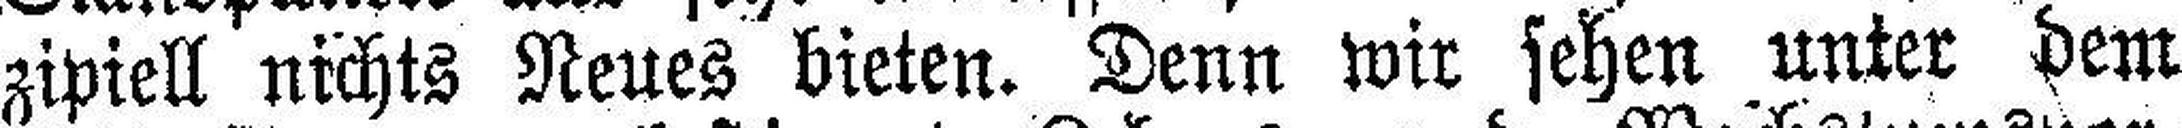
zipiell nichts Neues bieten. Denn wir sehen unter dem